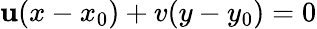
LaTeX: \mathbf{u}(x-x_{0})+v(y-y_{0})=0